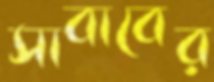
সাবাবের